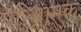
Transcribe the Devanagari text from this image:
परिभ्रामक